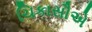
ચિકાસૌએ